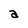
Character: a